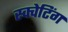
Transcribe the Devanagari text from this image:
स्क्वेटिंग